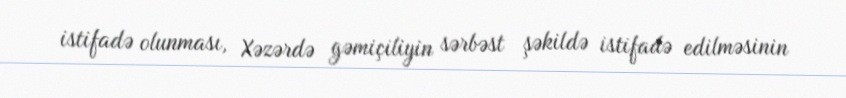
istifadə olunması, Xəzərdə gəmiçiliyin sərbəst şəkildə istifadə edilməsinin